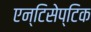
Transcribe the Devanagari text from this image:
एन्टिसेप्टिक